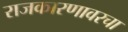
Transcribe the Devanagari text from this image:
राजकारणावरचा